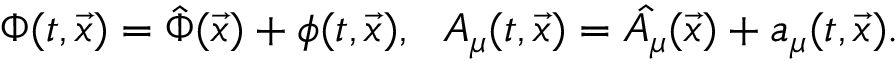
\Phi ( t , \vec { x } ) = \hat { \Phi } ( \vec { x } ) + \phi ( t , \vec { x } ) , \: \: \: A _ { \mu } ( t , \vec { x } ) = \hat { A _ { \mu } } ( \vec { x } ) + a _ { \mu } ( t , \vec { x } ) .